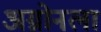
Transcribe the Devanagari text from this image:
अग्नोनला